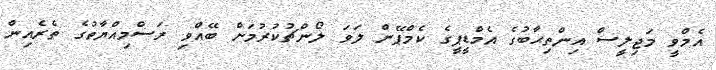
އެމްވީ މަޖިލީސް އިންތިޙާބުގެ އެމްޑީޕީގެ ކެމްޕޭން ލަވަ ލޯންޗުކުރުމަށް ބޭއްވި ރަސްމިއްޔާތުގެ ތެރެއިން